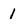
Character: 1